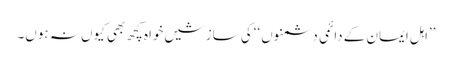
’’اہل ایمان کے دائمی دشمنوں ‘‘کی سازشیں خواہ کچھ بھی کیوں نہ ہوں۔